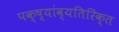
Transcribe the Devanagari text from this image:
पक्ष्यांव्यतिरिक्त